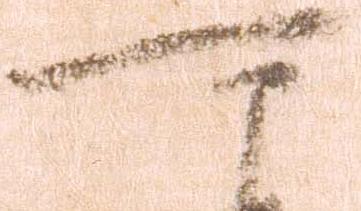
可